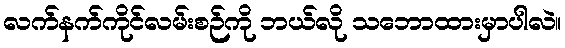
လက်နက်ကိုင်လမ်းစဉ်ကို ဘယ်လို သဘောထားမှာပါလဲ။